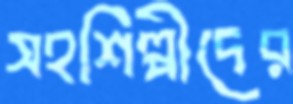
সহশিল্পীদের